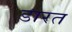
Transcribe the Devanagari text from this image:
डारत